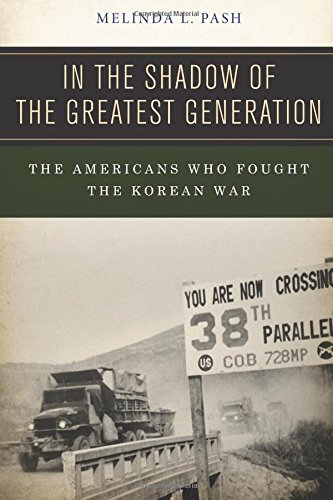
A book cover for In the Shadow of the Greatest Generation: The Americans Who Fought the Korean War; Melinda L. Pash; History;